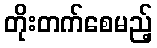
တိုးတက်စေမည့်